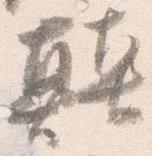
顛